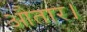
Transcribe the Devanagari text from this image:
औतार।